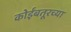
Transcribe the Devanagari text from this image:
कोईंबतूरच्या